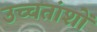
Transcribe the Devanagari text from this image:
उच्चतांशों